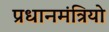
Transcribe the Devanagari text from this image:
प्रधानमंत्रियो